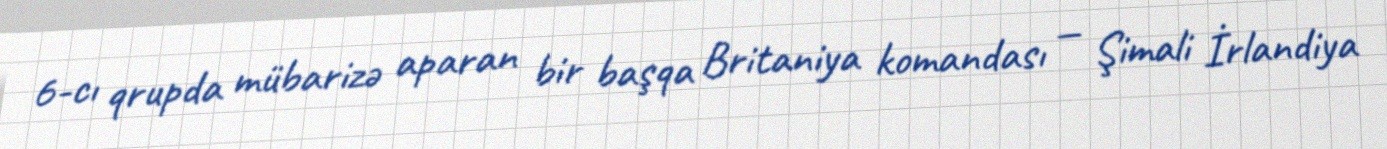
6-cı qrupda mübarizə aparan bir başqa Britaniya komandası — Şimali İrlandiya